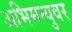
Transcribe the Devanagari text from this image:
अभिमन्युवर